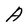
Character: A